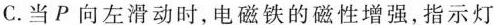
C.当P向左滑动时，电磁铁的磁性增强，指示灯